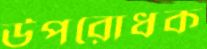
উপরোধক